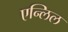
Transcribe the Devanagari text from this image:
एन्लिल